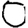
Digit: 0